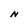
Character: N